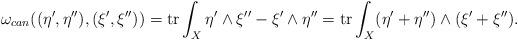
LaTeX: \begin{align*} \omega_{can}((\eta',\eta''),(\xi',\xi''))=\textrm{tr}\int_X \eta'\wedge \xi''-\xi'\wedge\eta'' =\textrm{tr}\int_X(\eta'+\eta'')\wedge (\xi'+\xi'').\end{align*}